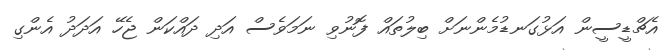
އެޗްޑީސީން އަޅުގަނޑުމެންނަށް ބިލުތައް ފޮނުވި ނަމަވެސް އަދި ދައްކަން ޖެހޭ އަދަދު އެންގި